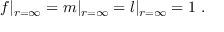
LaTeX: f | _ { r = \infty } = m | _ { r = \infty } = l | _ { r = \infty } = 1 \ .